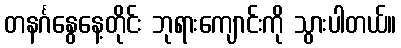
တနင်္ဂနွေနေ့တိုင်း ဘုရားကျောင်းကို သွားပါတယ်။